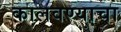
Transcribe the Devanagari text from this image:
कालवण्याचा